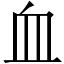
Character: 血